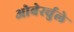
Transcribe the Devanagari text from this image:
ओबेर्स्चुले